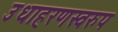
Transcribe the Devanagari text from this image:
उधाहरणस्वरुप